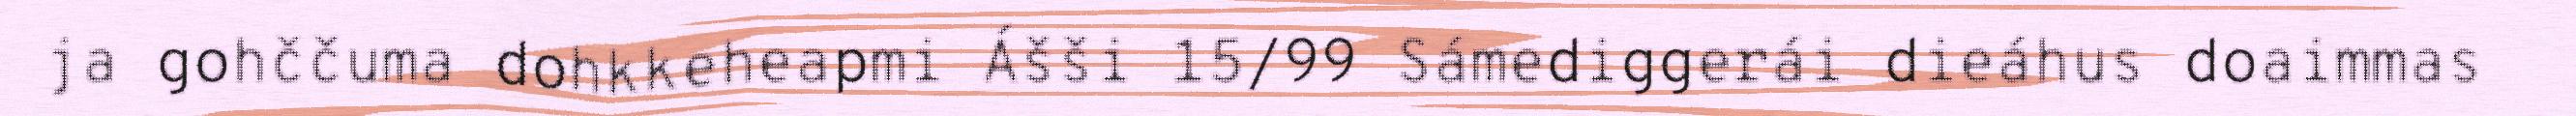
ja gohččuma dohkkeheapmi Ášši 15/99 Sámediggerái dieáhus doaimmas